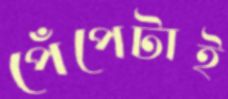
পেঁপেটাই